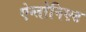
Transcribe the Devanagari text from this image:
ऐन्तोनिएट